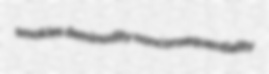
smokies deminudity nonconsequentiality